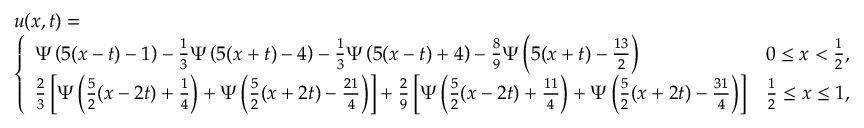
\begin{array} { r l } & { u ( x , t ) = } \\ & { \left\{ \begin{array} { l l } { \Psi \left( 5 ( x - t ) - 1 \right) - \frac { 1 } { 3 } \Psi \left( 5 ( x + t ) - 4 \right) - \frac { 1 } { 3 } \Psi \left( 5 ( x - t ) + 4 \right) - \frac { 8 } { 9 } \Psi \left( 5 ( x + t ) - \frac { 1 3 } { 2 } \right) } & { 0 \le x < \frac { 1 } { 2 } , } \\ { \frac { 2 } { 3 } \left[ \Psi \left( \frac { 5 } { 2 } ( x - 2 t ) + \frac { 1 } { 4 } \right) + \Psi \left( \frac { 5 } { 2 } ( x + 2 t ) - \frac { 2 1 } { 4 } \right) \right] + \frac { 2 } { 9 } \left[ \Psi \left( \frac { 5 } { 2 } ( x - 2 t ) + \frac { 1 1 } { 4 } \right) + \Psi \left( \frac { 5 } { 2 } ( x + 2 t ) - \frac { 3 1 } { 4 } \right) \right] } & { \frac 1 2 \le x \le 1 , } \end{array} \right. } \end{array}